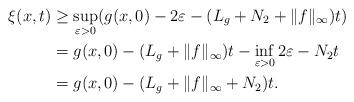
LaTeX: \begin{align*}\xi(x,t)&\ge \sup_{\varepsilon>0}(g(x,0)-2\varepsilon-(L_g+N_2+\|f\|_\infty)t)\\&=g(x,0)-(L_g+\|f\|_\infty)t-\inf_{\varepsilon>0}2\varepsilon-N_2t\\&=g(x,0)-(L_g+\|f\|_\infty+N_2)t.\end{align*}